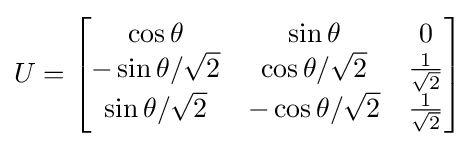
U={\begin{bmatrix}\cos \theta &\sin \theta &0\\-\sin \theta /{\sqrt {2}}&\cos \theta /{\sqrt {2}}&{\frac {1}{\sqrt {2}}}\\\sin \theta /{\sqrt {2}}&-\cos \theta /{\sqrt {2}}&{\frac {1}{\sqrt {2}}}\end{bmatrix}}